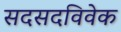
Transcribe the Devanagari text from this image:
सदसदविवेक